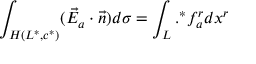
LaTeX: \int _ { H ( L ^ { * } , c ^ { * } ) } ( \vec { E } _ { a } \cdot \vec { n } ) d \sigma = \int _ { L } . ^ { * } f _ { a } ^ { r } d x ^ { r }